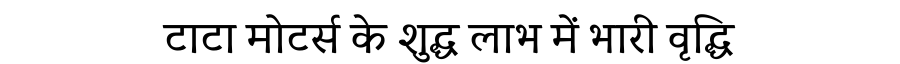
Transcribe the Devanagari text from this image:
टाटा मोटर्स के शुद्ध लाभ में भारी वृद्धि